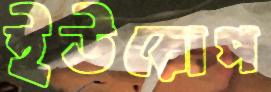
ইউরোপ